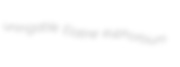
unirrigable Elatine euphorbium